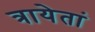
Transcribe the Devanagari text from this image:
त्रायेतां